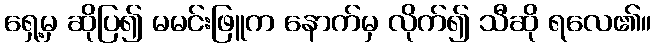
ရှေ့မှ ဆိုပြ၍ မမင်းဖြူက နောက်မှ လိုက်၍ သီဆို ရလေ၏။